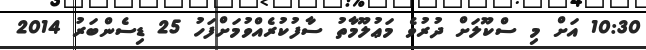
10:30 އަށް މި ސްކޫލަށް ދުރުވެ މަޢުލޫމާތު ސާފުކުރެއްވުމަށްފަހު 25 ޑިސެންބަރު 2014